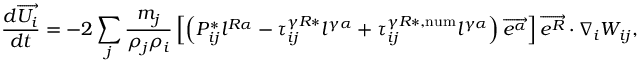
\frac { d \overrightarrow { U _ { i } } } { d t } = - 2 \sum _ { j } \frac { m _ { j } } { \rho _ { j } \rho _ { i } } \left[ \left( P _ { i j } ^ { * } l ^ { R \alpha } - \tau _ { i j } ^ { \gamma R * } l ^ { \gamma \alpha } + \tau _ { i j } ^ { \gamma R * , \mathrm { n u m } } l ^ { \gamma \alpha } \right) \overrightarrow { e ^ { \alpha } } \right] \overrightarrow { e ^ { R } } \cdot \nabla _ { i } W _ { i j } ,